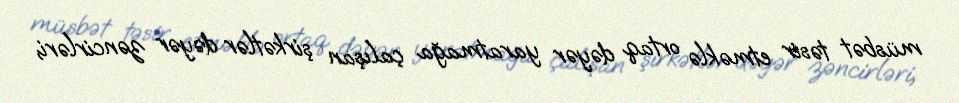
müsbət təsir etməklə ortaq dəyər yaratmağa çalışan şirkətlər dəyər zəncirləri,